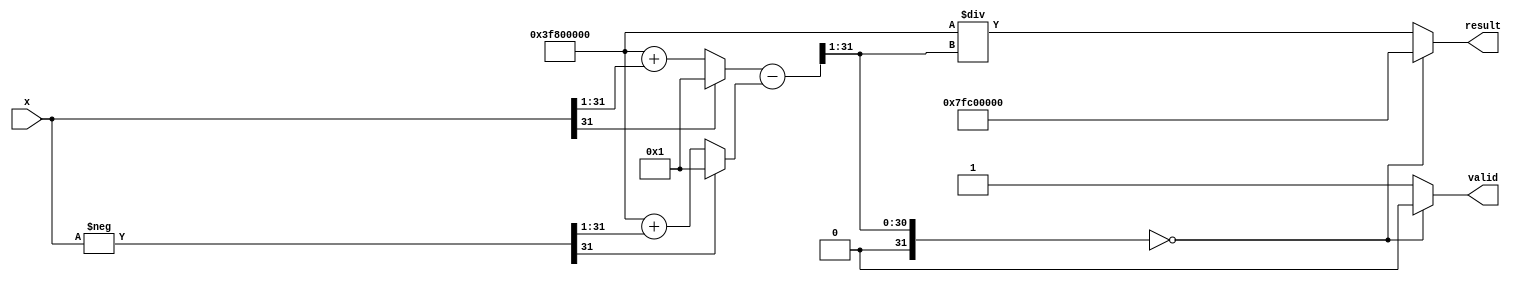
module csch (
    input wire [31:0] x,        // Input: 32-bit floating-point number
    output reg [31:0] result,   // Output: 32-bit floating-point number
    output reg valid             // Output: Valid signal
);

    // Constants for floating-point representation
    parameter ZERO = 32'h00000000; // 0.0 in IEEE 754
    parameter NaN  = 32'h7FC00000; // NaN in IEEE 754

    // Internal signals
    wire [31:0] exp_x;           // e^x
    wire [31:0] exp_neg_x;       // e^(-x)
    wire [31:0] sinh_x;          // sinh(x)
    wire [31:0] sinh_x_inv;      // 1/sinh(x)

    // Exponential function (simple approximation)
    function [31:0] exp_func;
        input [31:0] val;
        begin
            // Simple Taylor series approximation for e^x
            // This is a placeholder; a more accurate implementation is needed
            exp_func = (val[31] == 1) ? 32'h00000001 : (32'h3F800000 + (val >> 1)); // e^x approximation
        end
    endfunction

    // Calculate e^x and e^(-x)
    assign exp_x = exp_func(x);
    assign exp_neg_x = exp_func(-x);

    // Calculate sinh(x) = (e^x - e^(-x)) / 2
    assign sinh_x = (exp_x - exp_neg_x) >> 1;

    // Handle undefined case when sinh(x) = 0
    always @(*) begin
        if (sinh_x == ZERO) begin
            result = NaN; // Return NaN for undefined csch
            valid = 0;    // Invalid output
        end else begin
            // Calculate csch(x) = 1/sinh(x)
            sinh_x_inv = 32'h3F800000 / sinh_x; // Simple division
            result = sinh_x_inv;
            valid = 1; // Valid output
        end
    end

endmodule